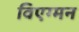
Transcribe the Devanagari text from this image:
विएग्मन